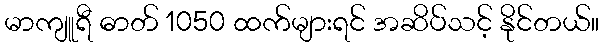
မာကျူရီ ဓာတ် 1050 ထက်များရင် အဆိပ်သင့် နိုင်တယ်။